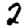
Digit: 2